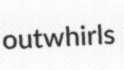
outwhirls